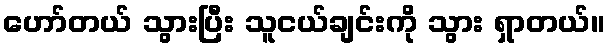
ဟော်တယ် သွားပြီး သူငယ်ချင်းကို သွား ရှာတယ်။